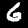
Label: 6